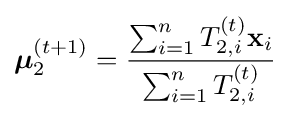
{\boldsymbol {\mu }}_{2}^{(t+1)}={\frac {\sum _{i=1}^{n}T_{2,i}^{(t)}\mathbf {x} _{i}}{\sum _{i=1}^{n}T_{2,i}^{(t)}}}